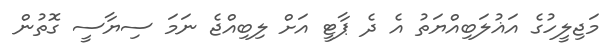
މަޖިލީހުގެ އަޣުލަބިއްޔަތު އެ ދެ ޕާޓީ އަށް ލިބިއްޖެ ނަމަ ސިޔާސީ ގޮތުން